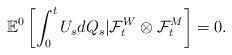
LaTeX: \begin{align*}\displaystyle \mathbb{E}^{0}\left[\int_{0}^{t}U_{s}dQ_{s}|\mathcal{F}_t^{W}\otimes\mathcal{F}_t^M\right] = 0.\end{align*}